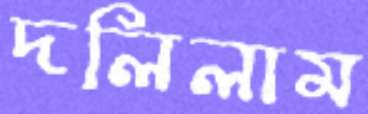
দলিলাম